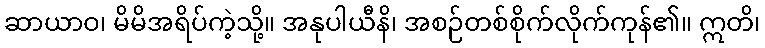
ဆာယာဝ၊ မိမိအရိပ်ကဲ့သို့။ အနုပါယီနိ၊ အစဉ်တစ်စိုက်လိုက်ကုန်၏။ ဣတိ၊